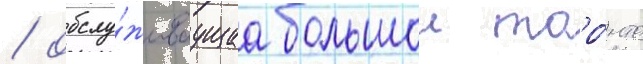
/ обслу́живаущаа большои торо́нто